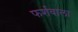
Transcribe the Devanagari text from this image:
फर्शवाला